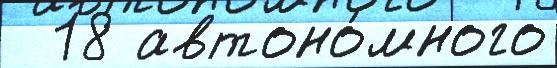
  18 автоно́много